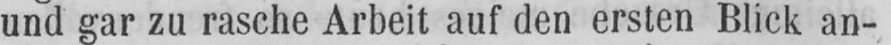
und gar zu rasche Arbeit auf den ersten Blick an-